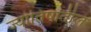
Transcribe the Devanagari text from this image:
ज्योतिषातील